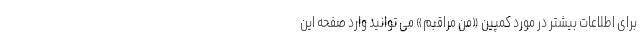
برای اطلاعات بیشتر در مورد کمپین «من مراقبم» می توانید وارد صفحه این